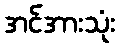
အင်အားသုံး